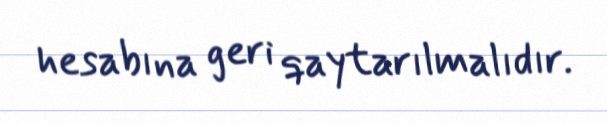
hesabına geri qaytarılmalıdır.